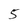
Character: 5